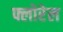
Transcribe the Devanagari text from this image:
फ्लोरेल